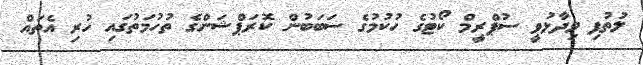
ލުތުފި ވިދާޅުވީ ސުޕްރީމް ކޯޓުގެ ހުކުމުގެ ސަބަބުން ކޮރަޕްޝަންގެ ތުހުމަތުގައި ހުރި އެތައް